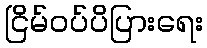
ငြိမ်ဝပ်ပိပြားရေး